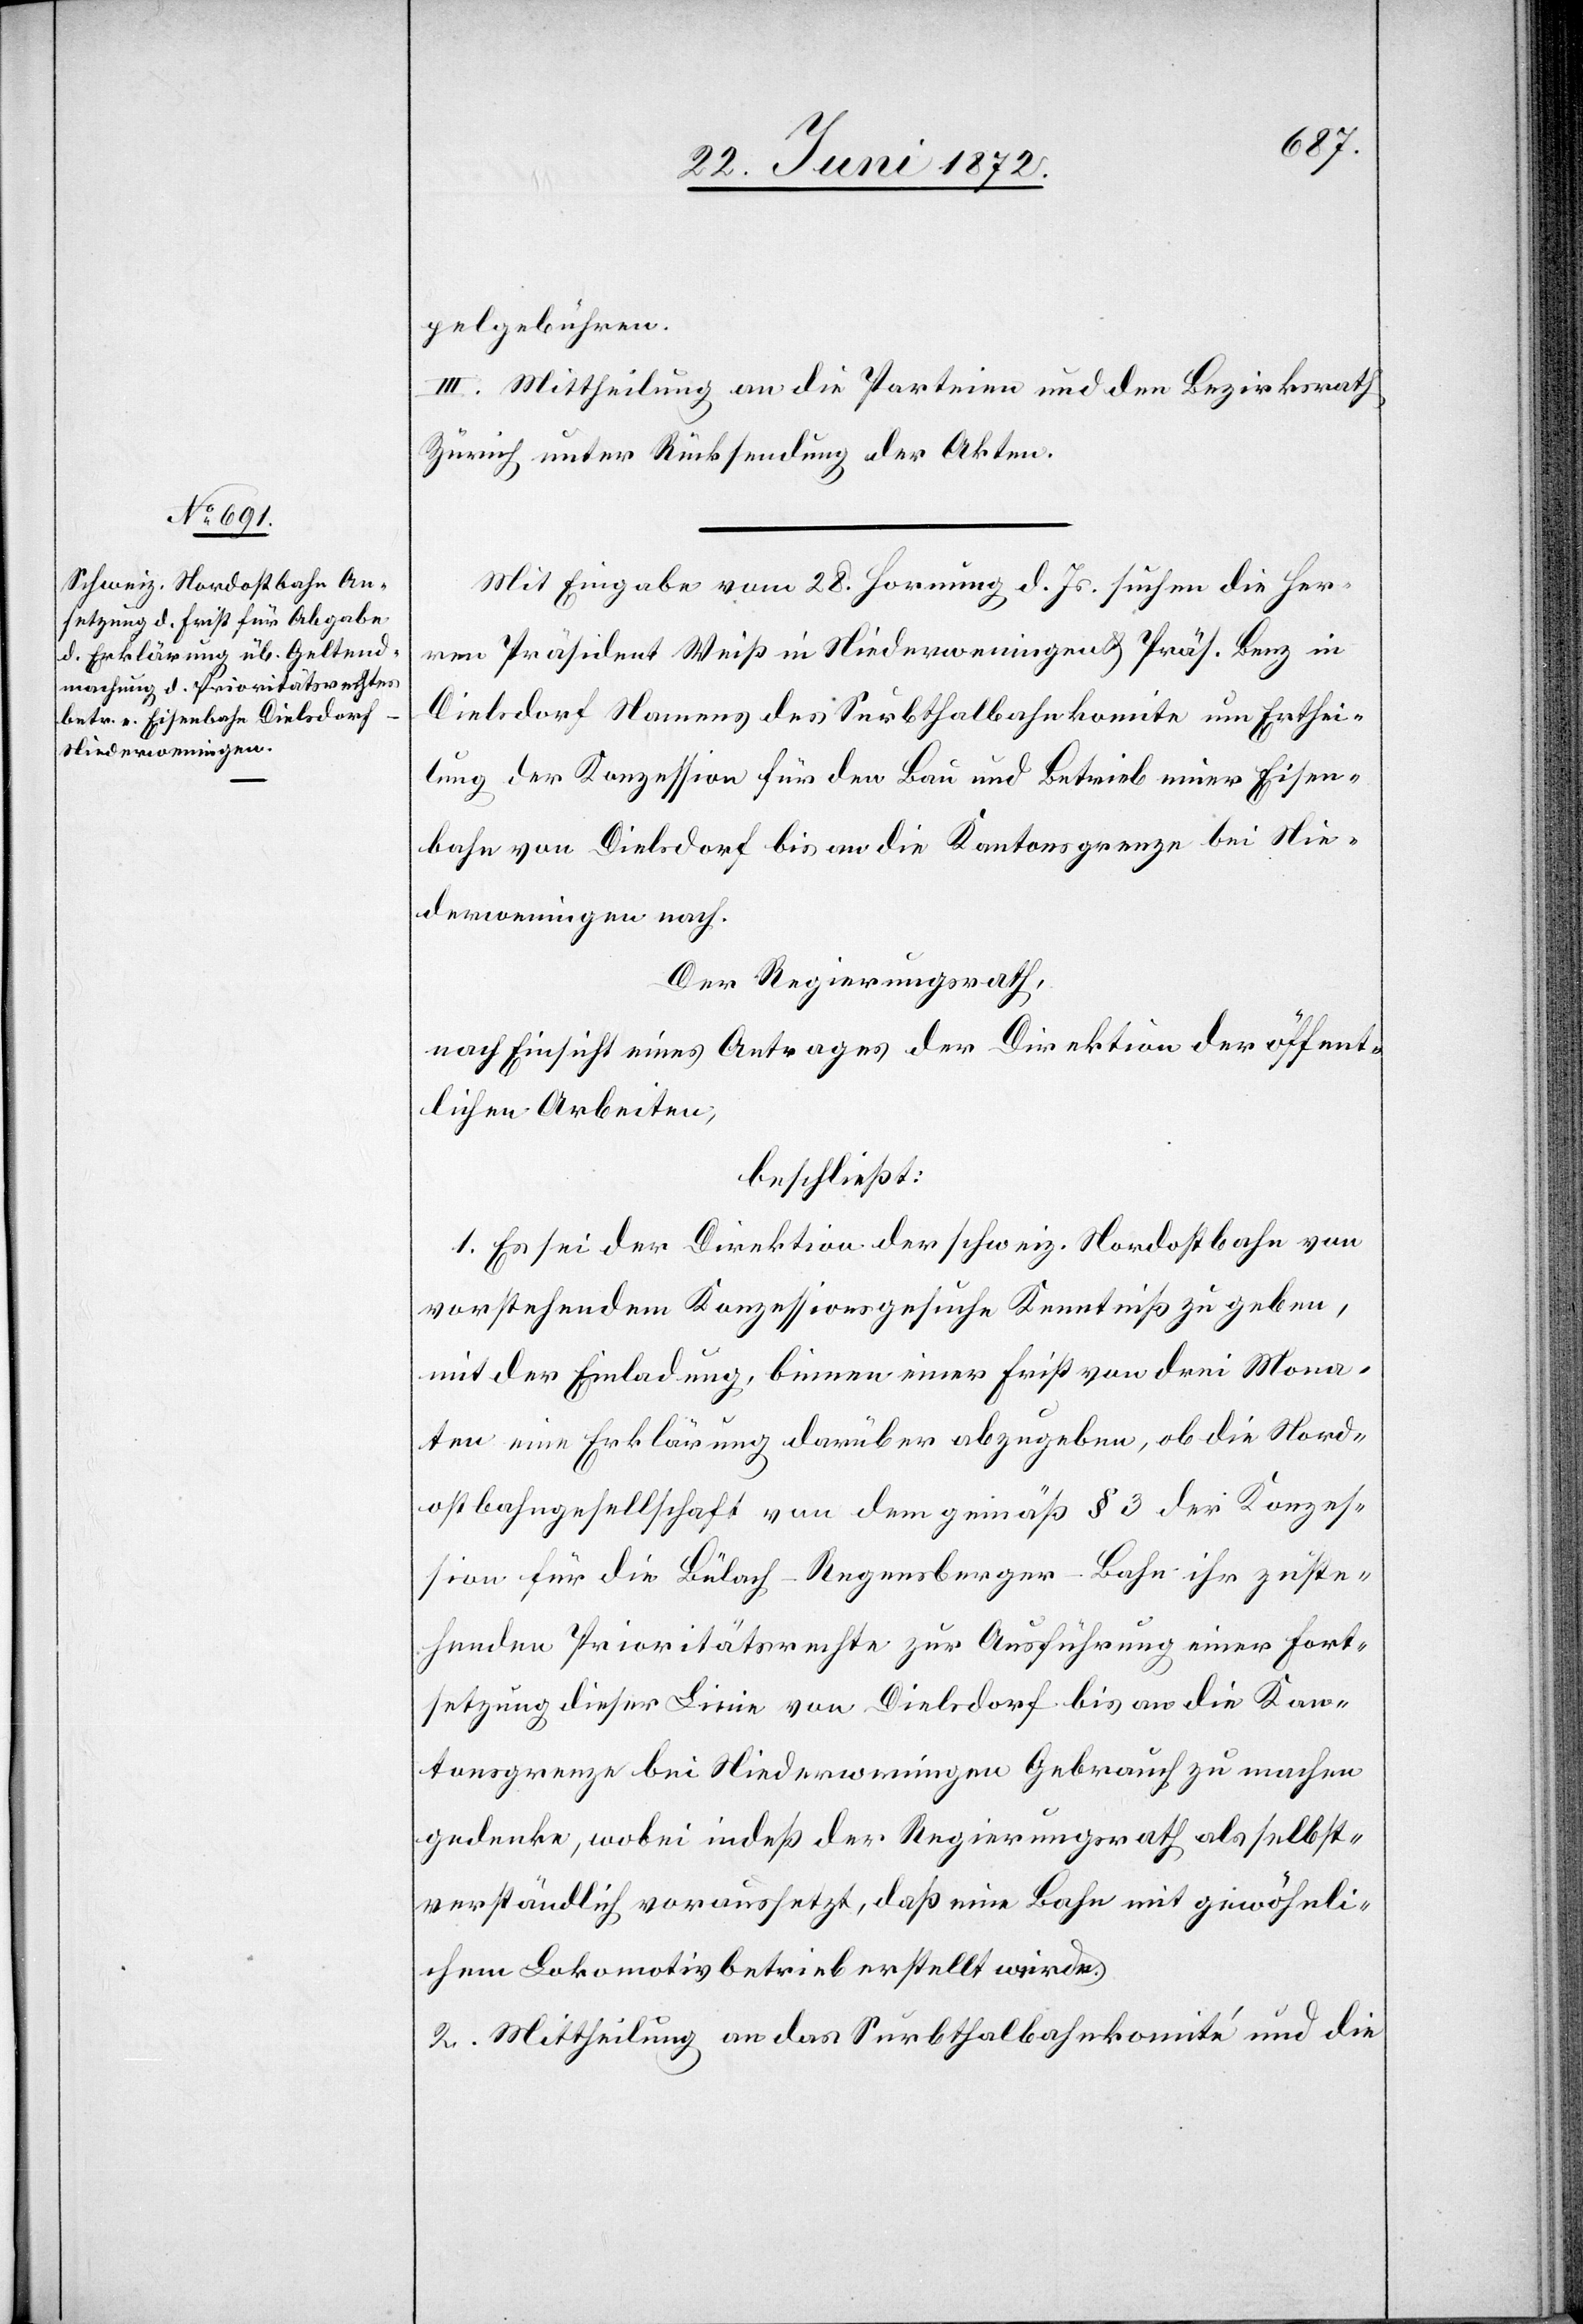
pelgebühren.
III. Mittheilung an die Parteien und den Bezirksrath
Zürich unter Rücksendung der Akten.
Mit Eingabe vom 28. Hornung d. Js. suchen die Her¬
ren Präsident Weiß in Niederweningen u. Präs. Benz in
Dielsdorf Namens des Surbthalbahnkomite um Erthei¬
lung der Konzession für den Bau und Betrieb einer Eisen¬
bahn von Dielsdorf bis an die Kantonsgrenze bei Nie¬
derweningen nach.
Der Regierungsrath,
nach Einsicht eines Antrages der Direktion der öffent¬
lichen Arbeiten,
beschließt:
1. Es sei der Direktion der schweiz. Nordostbahn von
vorstehendem Konzessionsgesuche Kenntniß zu geben,
mit der Einladung, binnen einer Frist von drei Mona¬
ten eine Erklärung darüber abzugeben, ob die Nord¬
ostbahngesellschaft von dem gemäß § 3 der Konzes¬
sion für die Bülach–Regensberger-Bahn ihr zuste¬
henden Prioritätsrechte zur Ausführung einer Fort¬
setzung dieser Linie von Dielsdorf bis an die Kan¬
tonsgrenze bei Niederweningen Gebrauch zu machen
gedenke, wobei indeß der Regierungsrath als selbst¬
verständlich voraussetzt, daß eine Bahn mit gewöhnli¬
chem Lokomotivbetrieb erstellt werde.
2. Mittheilung an das Surbthalbahnkomité und die